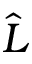
\hat { L }